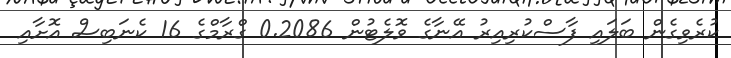
ކުރެވިގެން ބަލައި ފާސްކުރިއިރު އޭނާގެ ވޮލެޓުން 0.2086 ގްރާމްގެ 16 ކެނަބިސް އޮށާއި